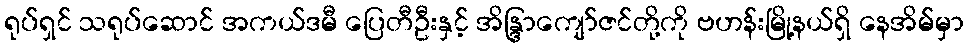
ရုပ်ရှင် သရုပ်ဆောင် အကယ်ဒမီ ပြေတီဦးနှင့် အိန္ဒြာကျော်ဇင်တို့ကို ဗဟန်းမြို့နယ်ရှိ နေအိမ်မှာ